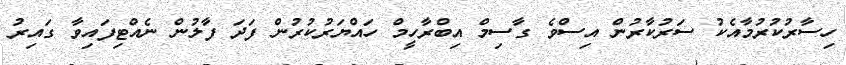
ހިސާރުކުރުމާއެކު ސަރުކާރުން އިސްވެ ގާސިމް އިބްރާހީމް ހައްޔަރުކުރުން ފަދަ ފާލުން ނެއްޓިފައިވާ ގައިރު